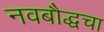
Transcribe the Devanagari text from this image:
नवबौद्धचा